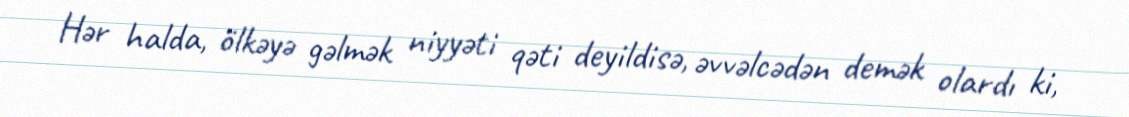
Hər halda, ölkəyə gəlmək niyyəti qəti deyildisə, əvvəlcədən demək olardı ki,